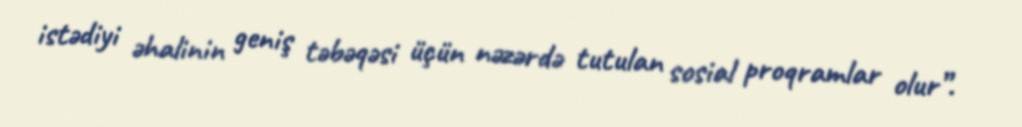
istədiyi əhalinin geniş təbəqəsi üçün nəzərdə tutulan sosial proqramlar olur”.